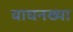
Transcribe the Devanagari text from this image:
वाघनख्या